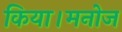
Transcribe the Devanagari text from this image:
किया।मनोज